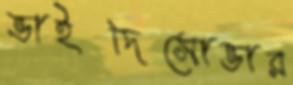
ভাইদিসোভার